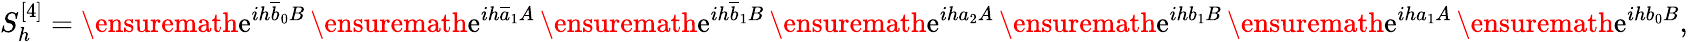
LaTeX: S_{h}^{[4]}=\ensuremath{\mathrm{e}}^{ih\overline{{b}}_{0}B}\, \ensuremath{\mathrm{e}}^{ih\overline{{a}}_{1}A}\, \ensuremath{\mathrm{e}}^{ih\overline{{b}}_{1}B}\, \ensuremath{\mathrm{e}}^{iha_{2}A}\, \ensuremath{\mathrm{e}}^{ihb_{1}B}\, \ensuremath{\mathrm{e}}^{iha_{1}A}\, \ensuremath{\mathrm{e}}^{ihb_{0}B},